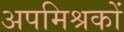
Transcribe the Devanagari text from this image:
अपमिश्रकों